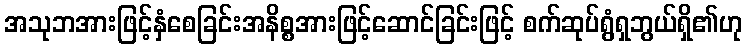
အသုဘအားဖြင့်နှံစေခြင်းအနိစ္စအားဖြင့်ဆောင်ခြင်းဖြင့် စက်ဆုပ်ရွံရှဘွယ်ရှိ၏ဟု